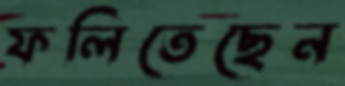
ফলিতেছেন